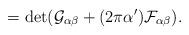
LaTeX: \begin{align*}=\det (\mathcal{G}_{\alpha\beta}+(2\pi\alpha')\mathcal{F}_{\alpha\beta}).\end{align*}